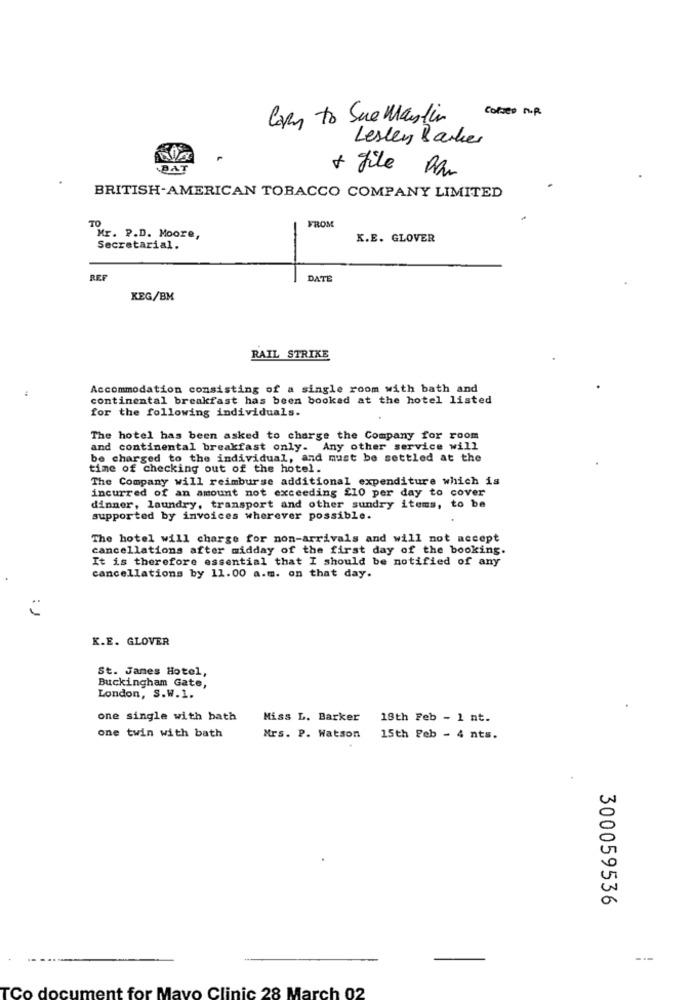
Comses MR
Corey to Sue Maslin
Lesley Barker
BAT
+ file
BRITISH-AMERICAN TOBACCO COMPANY LIMITED
TO
FROM
Mr. P.D. Moore,
K.E. GLOVER
Secretarial.
REF
DATE
KEG/BM
RAIL STRIKE
Accommodation consisting of a single room with bath and
continental breakfast has been booked at the hotel listed
for the following individuals.
The hotel has been asked to charge the Company for room
and continental breakfast only. Any other service will
be charged to the individual, and must be settled at the
time of checking out of the hotel.
The Company will reimburse additional expenditure which is
incurred of an amount not exceeding £10 per day to cover
dinner, laundry, transport and other sundry items, to be
supported by invoices wherever possible.
The hotel will charge for non-arrivals and will not accept
cancellations after midday of the first day of the booking.
It is therefore essential that I should be notified of any
cancellations by 11.00 a.m. on that day.
: 1
K.E. GLOVER
St. James Hotel,
Buckingham Gate,
London, S.W.1.
one single with bath
Miss L. Barker
18th Feb - 1 nt.
one twin with bath
Mrs. P. Watson
15th Feb - 4 nts.
300059536
---
TCo document for Mayo Clinic 28 March 02